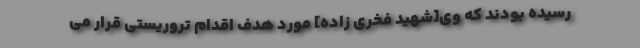
رسیده بودند که وی[شهید فخری زاده] مورد هدف اقدام تروریستی قرار می